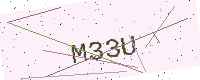
Text: M33U